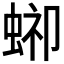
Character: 𧌞